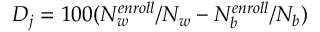
D _ { j } = 1 0 0 ( N _ { w } ^ { e n r o l l } / N _ { w } - N _ { b } ^ { e n r o l l } / N _ { b } )